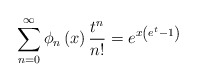
\begin{align*}\sum_{n=0}^{\infty}\phi_{n}\left( x\right) \frac{t^{n}}{n!}=e^{x\left(e^{t}-1\right) }\end{align*}